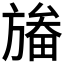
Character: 𣄏